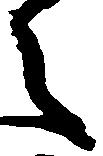
之